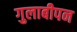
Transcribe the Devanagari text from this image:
गुलाबीपन